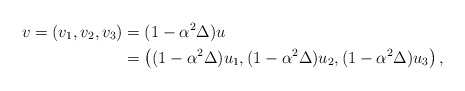
\begin{align*}v=(v_1,v_2,v_3)&=(1-\alpha^2\Delta)u \\&=\left((1-\alpha^2\Delta)u_1,(1-\alpha^2\Delta)u_2, (1-\alpha^2\Delta)u_3\right), \end{align*}